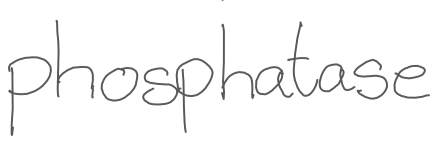
Text: phosphatase
Cross-out: clean
Writing tool: digital_gray